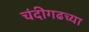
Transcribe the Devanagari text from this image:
चंदीगढच्या